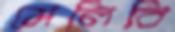
মেলিবি